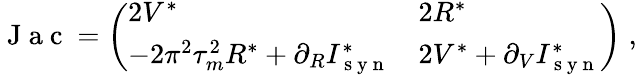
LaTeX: \begin{array}{r}{\mathrm{~J~a~c~}=\left(\begin{array}{ll}{2V^{*}}&{2R^{*}}\\ {-2\pi^{2}\tau_{m}^{2}R^{*}+\partial_{R}I_{\mathrm{~s~y~n~}}^{*}}&{2V^{*}+\partial_{V}I_{\mathrm{~s~y~n~}}^{*}}\end{array}\right)\; ,}\end{array}